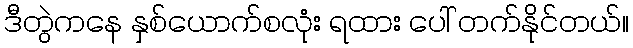
ဒီတွဲကနေ နှစ်ယောက်စလုံး ရထား ပေါ် တက်နိုင်တယ်။